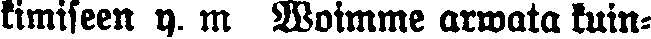
kimiseen y. m. Woimme arwata kuin-